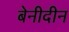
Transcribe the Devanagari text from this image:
बेनीदीन